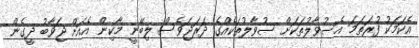
އެކަމަކު ފުރަތަމަ އެސުވާލުތަކަށް ސުވާލުތަކެއްގެ ދަރަޖަވެސް ލިބޭނީ މާކިން އެއަށް ޖަވާބު ދީގެން